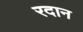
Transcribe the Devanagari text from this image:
रदान